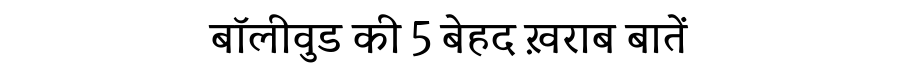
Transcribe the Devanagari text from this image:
बॉलीवुड की 5 बेहद ख़राब बातें